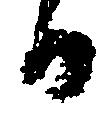
日